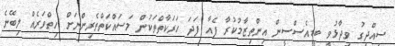
ސިއްދީގު ވިދާޅުވީ ބީޑީއެސްސީން އިންތިޒާމުކުރާ ފެއާ ފަދަ ހަރަކާތްތަކުން މަސައްކަތްތެރިންނަށް ހިތްވަރެއް ލިބޭނެ